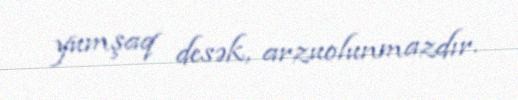
yumşaq desək, arzuolunmazdır.